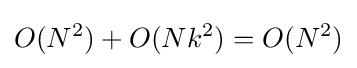
O(N^{2})+O(Nk^{2})=O(N^{2})